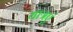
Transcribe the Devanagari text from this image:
यात्रएं